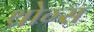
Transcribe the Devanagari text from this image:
थ्रोग्स